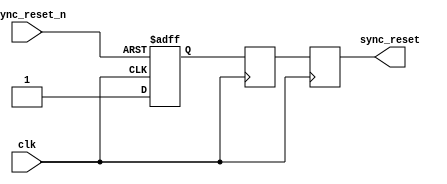
module async_reset_synchronizer (
    input wire clk,                // Clock signal
    input wire async_reset_n,      // Asynchronous reset (active low)
    output reg sync_reset          // Synchronized reset output
);

    // Internal signals for the flip-flops
    reg ff1, ff2;

    // Dual flip-flop synchronization
    always @(posedge clk or negedge async_reset_n) begin
        if (!async_reset_n) begin
            ff1 <= 1'b0;            // Active low reset: ff1 reset to 0
        end else begin
            ff1 <= 1'b1;            // Release reset: ff1 set to 1
        end
    end

    always @(posedge clk) begin
        ff2 <= ff1;                  // Synchronize ff1 to ff2 on clock edge
    end

    // Output the synchronized reset signal
    always @(posedge clk) begin
        sync_reset <= ff2;          // Synchronized reset output
    end

endmodule